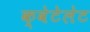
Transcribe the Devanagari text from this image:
क्वेटेलेट